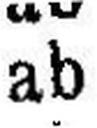
ab